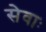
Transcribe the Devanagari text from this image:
सेवाः